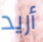
أريد